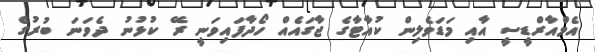
އެމްއާރްޑީސީ އާއި މަޑަވެލިން ކުއާޓާގެ ޖާގައެއް ހޯދާފައިވަނީ ރޭ ކުޅުނު ދެވަނަ ބުރުގެ